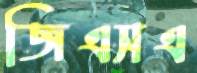
জিএসএ